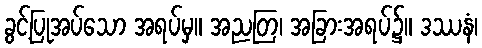
ခွင့်ပြုအပ်သော အရပ်မှ။ အညတြ၊ အခြားအရပ်၌။ ဒဿနံ၊